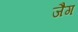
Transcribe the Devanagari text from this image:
जैग